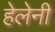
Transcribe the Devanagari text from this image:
हेलेनी